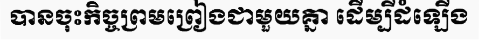
បានចុះកិច្ចព្រមព្រៀងជាមួយគ្នា ដើម្បីដំឡើង